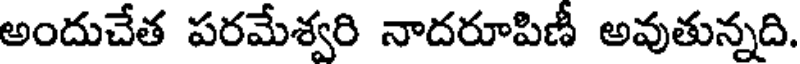
అందుచేత పరమేశ్వరి నాదరూపిణీ అవుతున్నది.